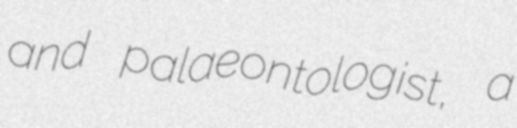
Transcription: and palaeontologist, a